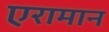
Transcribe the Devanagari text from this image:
एरामान